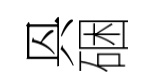
㒷硱